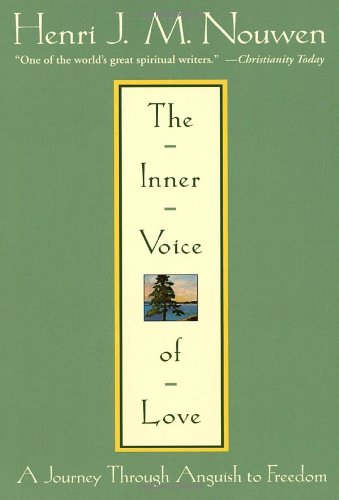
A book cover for The Inner Voice of Love: A Journey Through Anguish to Freedom; Henri J. M. Nouwen; Christian Books & Bibles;